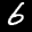
Label: 6